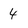
Character: 4